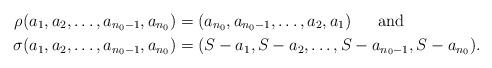
LaTeX: \begin{align*}\rho(a_1,a_2,\ldots,a_{n_0 -1},a_{n_0}) &= (a_{n_0}, a_{n_0 -1},\ldots,a_2,a_1) \mbox{ \ \ \ \ and } \\\sigma(a_1,a_2,\ldots,a_{n_0 -1},a_{n_0}) &= (S- a_1,S- a_2,\ldots,S- a_{n_0 -1},S- a_{n_0}).\end{align*}